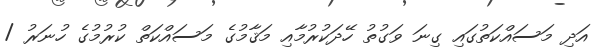
އަދި މަސައްކަތުގައި ގިނަ ވަގުތު ހޭދަކުރުމާއި މަޤާމުގެ މަސައްކަތް ކުރުމުގެ ހުނަރު /